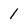
Character: 1